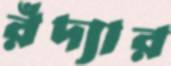
রঁদ্যার